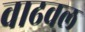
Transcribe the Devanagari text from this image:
वाढवल